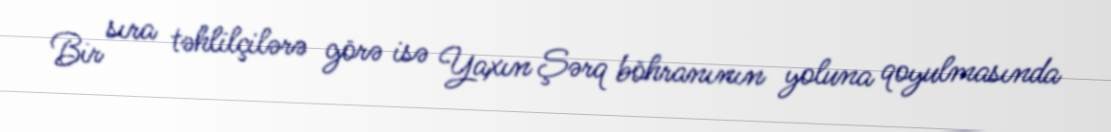
Bir sıra təhlilçilərə görə isə Yaxın Şərq böhranının yoluna qoyulmasında